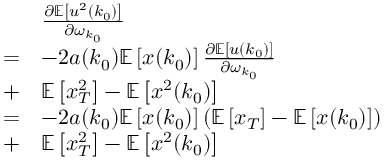
\begin{array} { r l } & { \frac { \partial \mathbb { E } \left[ u ^ { 2 } ( k _ { 0 } ) \right] } { \partial \omega _ { k _ { 0 } } } } \\ { = } & { - 2 a ( k _ { 0 } ) \mathbb { E } \left[ x ( k _ { 0 } ) \right] \frac { \partial \mathbb { E } \left[ u ( k _ { 0 } ) \right] } { \partial \omega _ { k _ { 0 } } } } \\ { + } & { \mathbb { E } \left[ x _ { T } ^ { 2 } \right] - \mathbb { E } \left[ x ^ { 2 } ( k _ { 0 } ) \right] } \\ { = } & { - 2 a ( k _ { 0 } ) \mathbb { E } \left[ x ( k _ { 0 } ) \right] \left( \mathbb { E } \left[ x _ { T } \right] - \mathbb { E } \left[ x ( k _ { 0 } ) \right] \right) } \\ { + } & { \mathbb { E } \left[ x _ { T } ^ { 2 } \right] - \mathbb { E } \left[ x ^ { 2 } ( k _ { 0 } ) \right] } \end{array}